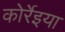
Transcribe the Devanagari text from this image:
कोर्रेइया